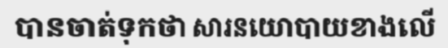
បានចាត់ទុកថា សារនយោបាយខាងលើ